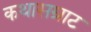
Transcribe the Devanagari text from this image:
कथासम्राट